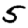
Digit: 5